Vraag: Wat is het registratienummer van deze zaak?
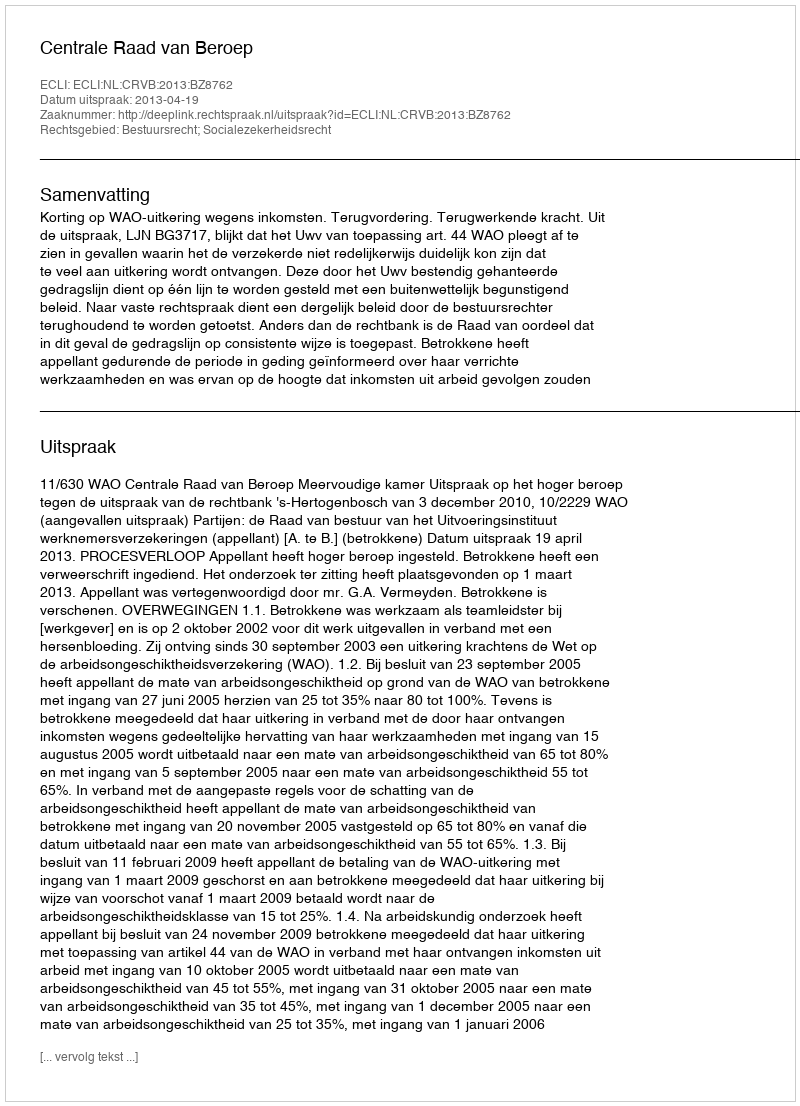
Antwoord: http://deeplink.rechtspraak.nl/uitspraak?id=ECLI:NL:CRVB:2013:BZ8762